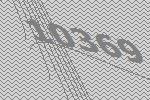
10369